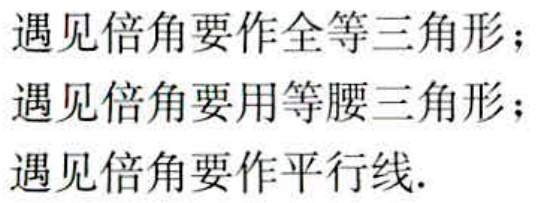
遇见倍角要作全等三角形；

遇见倍角要用等腰三角形；

遇见倍角要作平行线.